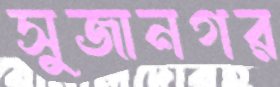
সুজানগর